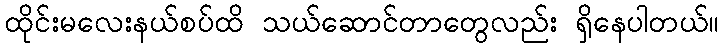
ထိုင်းမလေးနယ်စပ်ထိ သယ်ဆောင်တာတွေလည်း ရှိနေပါတယ်။